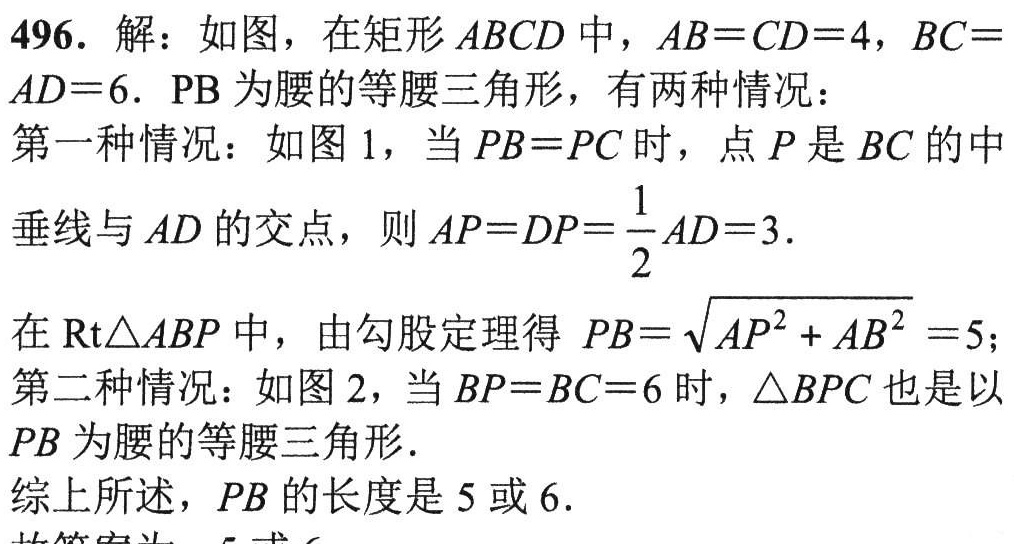
496. 解：如图，在矩形 \(ABCD\) 中，\(AB = CD = 4\)，\(BC = AD = 6\)。\(PB\) 为腰的等腰三角形，有两种情况：
第一种情况：如图 1，当 \(PB = PC\) 时，点 \(P\) 是 \(BC\) 的中垂线与 \(AD\) 的交点，则 \(AP = DP=\frac{1}{2}AD = 3\)。
在 \(\text{Rt}\triangle ABP\) 中，由勾股定理得 \(PB=\sqrt{AP^{2}+AB^{2}} = 5\)；
第二种情况：如图 2，当 \(BP = BC = 6\) 时，\(\triangle BPC\) 也是以 \(PB\) 为腰的等腰三角形。
综上所述，\(PB\) 的长度是 \(5\) 或 \(6\)。